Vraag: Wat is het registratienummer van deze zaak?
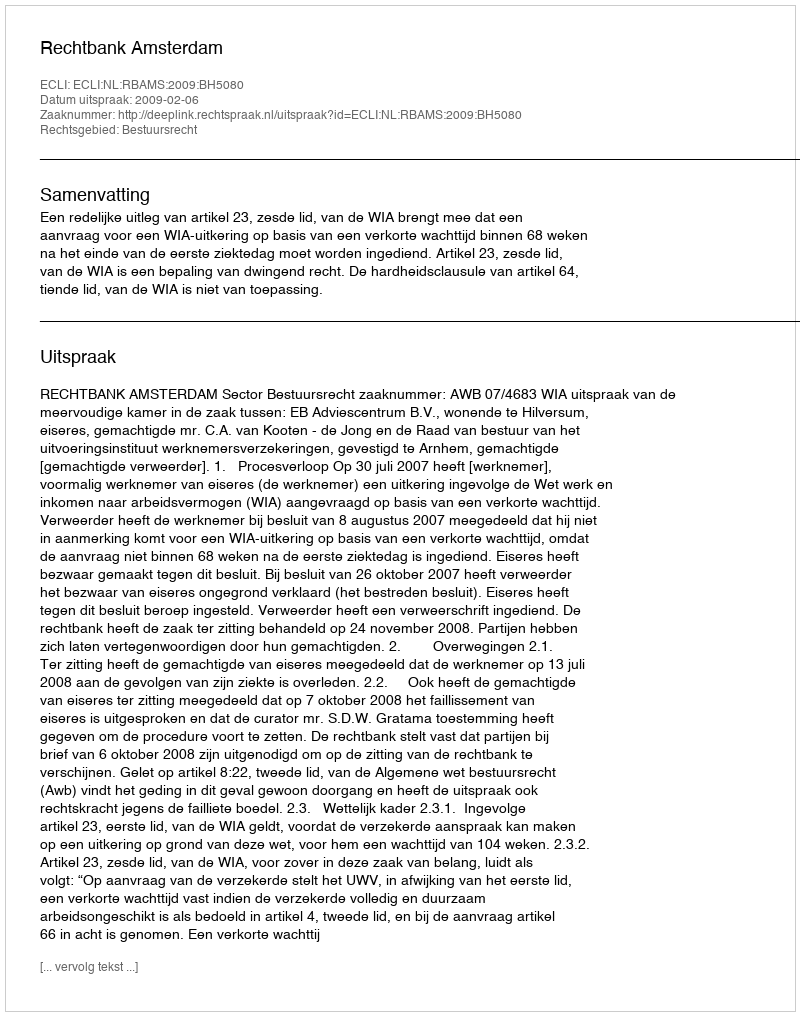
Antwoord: http://deeplink.rechtspraak.nl/uitspraak?id=ECLI:NL:RBAMS:2009:BH5080